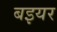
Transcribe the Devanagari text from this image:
बइयर